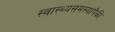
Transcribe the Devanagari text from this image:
स्वास्थ्यसमस्यांपैकी